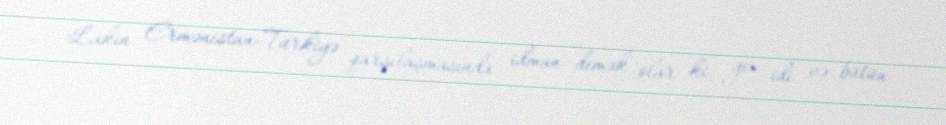
Lakin Ermənistan-Türkiyə qarşılaşmasında idman demək olar ki, yox idi və bütün